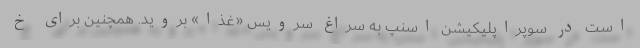
است در سوپراپلیکیشن اسنپ به سراغ سرویس «غذا» بروید. همچنین برای خ